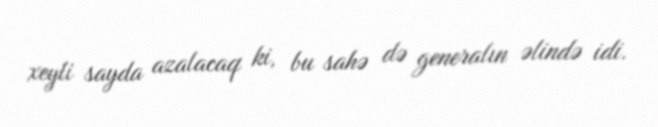
xeyli sayda azalacaq ki, bu sahə də generalın əlində idi.